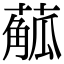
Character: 𦺠